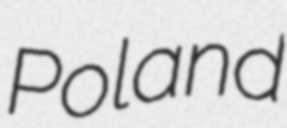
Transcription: Poland